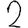
Digit: 2